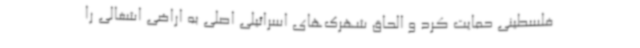
فلسطینی حمایت کرد و الحاق شهرک‌های اسرائیلی اصلی به اراضی اشغالی را